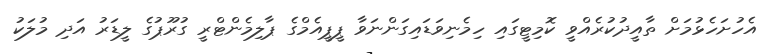
އެހުށަހެޅުމަށް ތާއީދުކުރެއްވީ ކޮމިޓީގައި ހިމެނިވަޑައިގަންނަވާ ޕީޕީއެމްގެ ޕާލިމެންޓްރީ ގުރޫޕުގެ ލީޑަރު އަދި މުލަކު